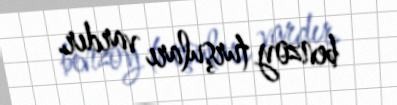
benzoy turşuları vardır.